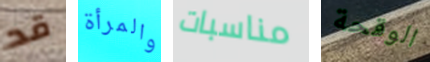
قد والمرأة مناسبات الوقحة